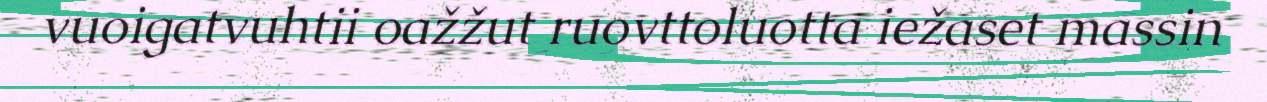
vuoigatvuhtii oažžut ruovttoluotta iežaset massin